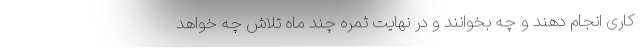
کاری انجام دهند و چه بخوانند و در نهایت ثمره چند ماه تلاش چه خواهد